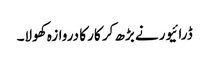
ڈرائیور نے بڑھ کر کار کا دروازہ کھولا۔